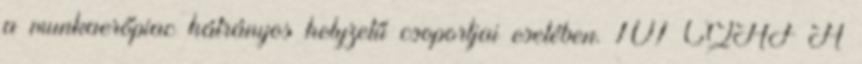
a munkaerőpiac hátrányos helyzetű csoportjai esetében. 101 CQAF A